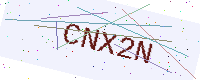
Text: CNX2N